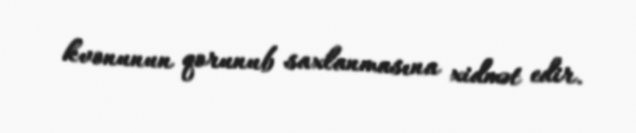
kvonunun qorunub saxlanmasına xidmət edir.